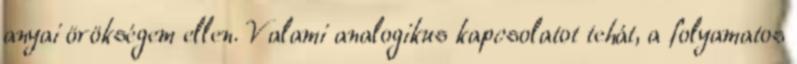
anyai örökségem ellen. Valami analogikus kapcsolatot tehát, a folyamatos